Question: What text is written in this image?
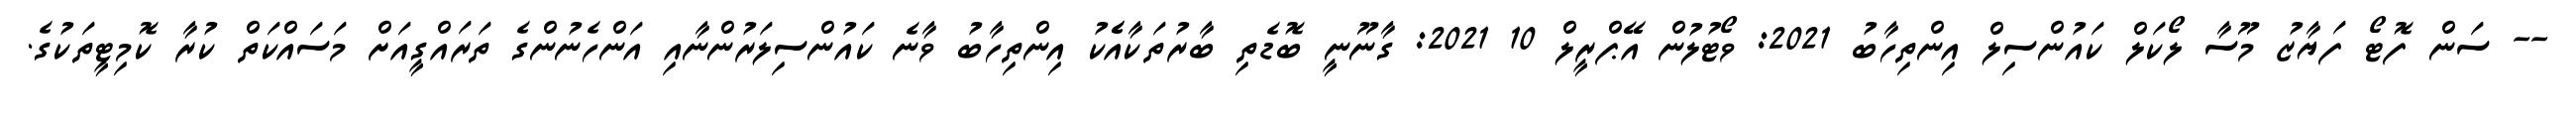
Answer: -- ސަން ފޮޓޯ ފަޔާޒު މޫސާ ލޯކަލް ކައުންސިލް އިންތިހާބު 2021: ވޯޓުލުން އޭޕްރީލް 10 2021: ގާނޫނީ ބޮޑެތި ބާރުތަކާއެެކު އިންތިހާބު ވާނެ ކައުންސިލަރުންނާއި އަންހެނުންގެ ތަރައްގީއަށް މަސައްކަތް ކުރާ ކޮމިޓީތަކުގެ.